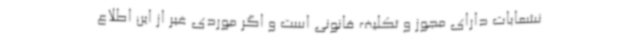
نشعابات دارای مجوز و تکلیف قانونی است و اگر موردی غیر از این اطلاع